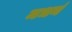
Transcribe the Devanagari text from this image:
मधनं